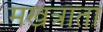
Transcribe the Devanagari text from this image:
मखत्राता